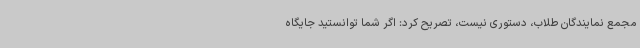
مجمع نمایندگان طلاب، دستوری نیست، تصریح کرد: اگر شما توانستید جایگاه